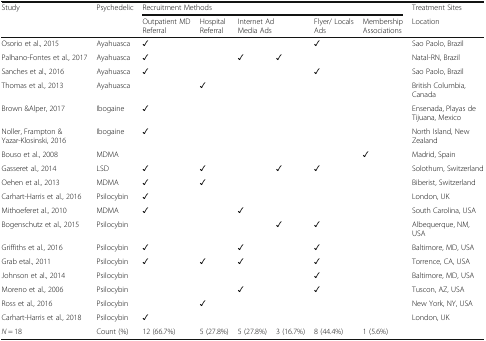
| <ROWSPAN=2> Study | <ROWSPAN=2> Psychedelic | <COLSPAN=6> Recruitment Methods | Treatment Sites |
 | Outpatient MD Referral | Hospital Referral | <COLSPAN=2> Internet Ad Media Ads | Flyer/ Locals Ads | Membership Associations | Location |
 | --- | --- | --- | --- | --- | --- | --- | --- | --- |
 | Osorio et al., 2015 | Ayahuasca | ✓ |  |  |  | ✓ |  | Sao Paolo, Brazil |
 | Palhano-Fontes et al., 2017 | Ayahuasca | ✓ |  | ✓ | ✓ |  |  | Natal-RN, Brazil |
 | Sanches et al., 2016 | Ayahuasca | ✓ |  |  |  | ✓ |  | Sao Paolo, Brazil |
 | Thomas et al., 2013 | Ayahuasca |  | ✓ |  |  |  |  | British Columbia, Canada |
 | Brown &Alper, 2017 | Ibogaine | ✓ |  |  |  |  |  | Ensenada, Playas de Tijuana, Mexico |
 | Noller, Frampton & Yazar-Klosinski, 2016 | Ibogaine | ✓ |  |  |  |  |  | North Island, New Zealand |
 | Bouso et al., 2008 | MDMA |  |  |  |  |  | ✓ | Madrid, Spain |
 | Gasseret al., 2014 | LSD | ✓ | ✓ |  | ✓ | ✓ |  | Solothurn, Switzerland |
 | Oehen et al., 2013 | MDMA | ✓ | ✓ |  |  |  |  | Biberist, Switzerland |
 | Carhart-Harris et al., 2016 | Psilocybin | ✓ |  |  |  |  |  | London, UK |
 | Mithoeferet al., 2010 | MDMA | ✓ |  | ✓ |  |  |  | South Carolina, USA |
 | Bogenschutz et al., 2015 | Psilocybin |  |  |  | ✓ | ✓ |  | Albequerque, NM, USA |
 | Griffiths et al., 2016 | Psilocybin | ✓ |  | ✓ |  | ✓ |  | Baltimore, MD, USA |
 | Grab etal., 2011 | Psilocybin | ✓ | ✓ | ✓ |  | ✓ |  | Torrence, CA, USA |
 | Johnson et al., 2014 | Psilocybin |  |  |  |  | ✓ |  | Baltimore, MD, USA |
 | Moreno et al., 2006 | Psilocybin |  |  | ✓ |  | ✓ |  | Tuscon, AZ, USA |
 | Ross et al., 2016 | Psilocybin |  | ✓ |  |  |  |  | New York, NY, USA |
 | Carhart-Harris et al., 2018 | Psilocybin | ✓ |  |  |  |  |  | London, UK |
 | N = 18 | Count (%) | 12 (66.7%) | 5 (27.8%) | 5 (27.8%) | 3 (16.7%) | 8 (44.4%) | 1 (5.6%) |  |